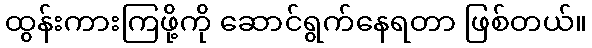
ထွန်းကားကြဖို့ကို ဆောင်ရွက်နေရတာ ဖြစ်တယ်။